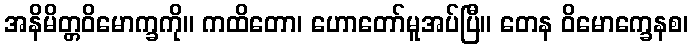
အနိမိတ္တဝိမောက္ခကို။ ကထိတော၊ ဟောတော်မူအပ်ပြီ။ တေန ဝိမောက္ခေနစ၊